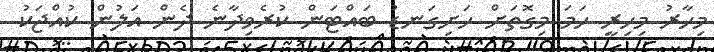
މިހާރު މިހިރީ ހަމަ މިގޮތަށް ހަށިގަނޑު ބައްޓަން ކުރެވިދާނެ ދެން އަލުން ކުއްޖަކު